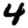
Digit: 4